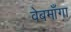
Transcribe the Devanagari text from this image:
वेबमाँगा